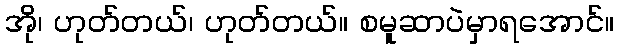
အို၊ ဟုတ်တယ်၊ ဟုတ်တယ်။ စမူဆာပဲမှာရအောင်။